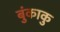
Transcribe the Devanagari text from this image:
बुंकाकु